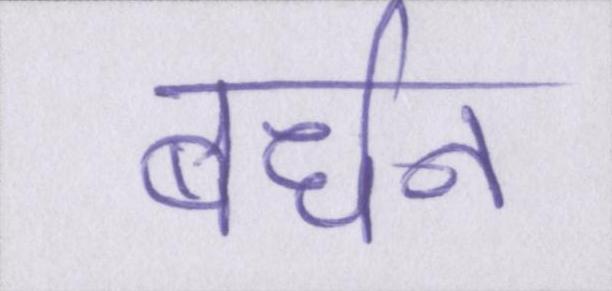
बर्धन